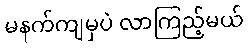
မနက်ကျမှပဲ လာကြည့်မယ်